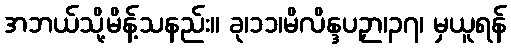
အဘယ်သို့မိန့်သနည်း။ ခု၊၁၁၊မိလိန္ဒပဉှာ၊၃၇၊ မှယူရန်